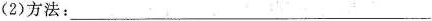
(2)方法：___